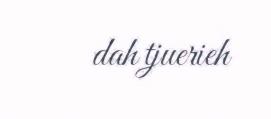
dah tjuerieh